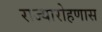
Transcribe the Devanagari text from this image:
राज्यारोहणास